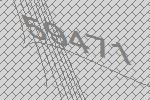
59471